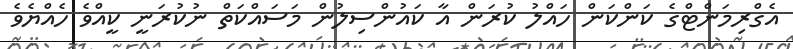
އެގްރިމަންޓްގެ ކަންކަން ހައްލު ކުރަން އާ ކައުންސިލުން މަސައްކަތް ނުކުރަނީ ކީއްވެ ހެއްޔެވެ